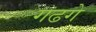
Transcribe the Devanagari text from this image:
गढगे